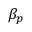
\beta _ { p }